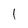
Character: I